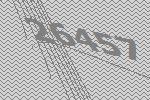
26457